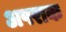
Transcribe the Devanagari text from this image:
अपराक